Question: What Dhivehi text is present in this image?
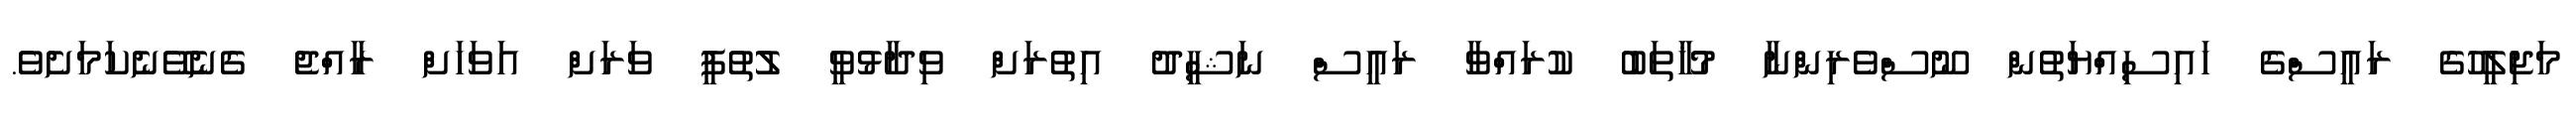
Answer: މަޖިލީހުގެ ރައީސްގެ ހައިސިއްޔަތުން ނޫސްވެރިންނާ މުޚާތަބު ކުރައްވާ ރައީސް ނަޝީދު އިތުރަށް ވިދާޅުވީ ލުތުފީ ވަރަށް އަވަހަށް ރާއްޖެ ގެނެވޭނެކަމަށެވެ.